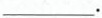
___.